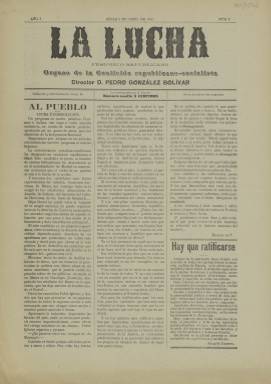
Título: La Lucha (Béjar)
Colección: Periódicos
Ámbito geográfico: Salamanca
Lugar de publicación: Béjar [Salamanca]
Fechas: 08/04/1910-08/04/1910